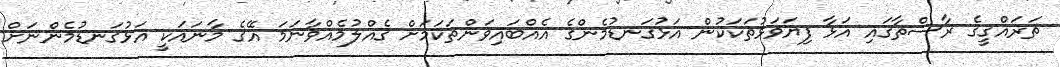
ތަރައްޤީގެ ރާސްތާގައި އަޅާ ފިޔަވަޅުތަކަކުން އަޅުގަނޑުމެންގެ އެއްބައިވަންތަކަމަށް ގެއްލުމެއްވާނަމަ އޭގެ މާނައަކީ އަޅުގަނޑުމެންނަށް